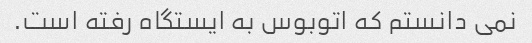
نمی دانستم که اتوبوس به ایستگاه رفته است.